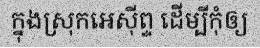
ក្នុងស្រុកអេស៊ីព្ទ ដើម្បីកុំឲ្យ